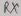
Text: RX